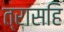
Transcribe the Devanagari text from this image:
त्रासहि